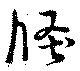
倏